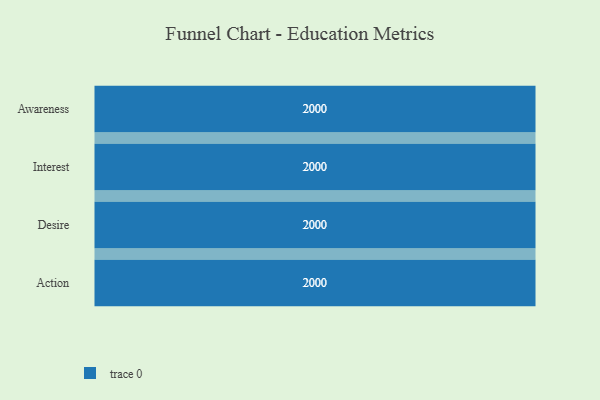
{"axis": {"x": "Stage", "y": "Value"}, "legend": [""], "data": [{"x": "Awareness", "y": 2000, "type": ""}, {"x": "Interest", "y": 2000, "type": ""}, {"x": "Desire", "y": 2000, "type": ""}, {"x": "Action", "y": 2000, "type": ""}]}